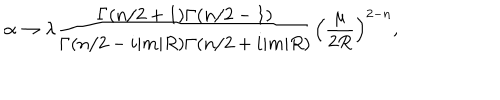
LaTeX: \alpha \to \lambda \frac { \Gamma ( n / 2 + 1 ) \Gamma ( n / 2 - 1 ) } { \Gamma ( n / 2 - i | m | R ) \Gamma ( n / 2 + i | m | R ) } \left( \frac { \mu } { 2 R } \right) ^ { 2 - n } ,